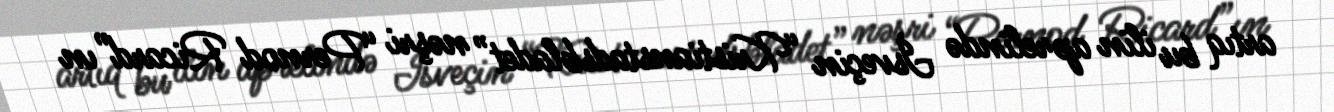
artıq bu ilin aprelində İsveçin “Kristianstadsbladet” nəşri “Pernod Ricard”ın